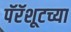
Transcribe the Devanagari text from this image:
पॅरॅशूटच्या